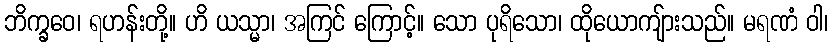
ဘိက္ခဝေ၊ ရဟန်းတို့။ ဟိ ယသ္မာ၊ အကြင် ကြောင့်။ သော ပုရိသော၊ ထိုယောကျ်ားသည်။ မရဏံ ဝါ၊